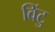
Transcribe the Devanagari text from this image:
विंटु